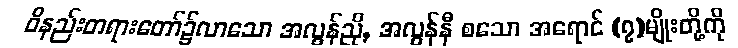
ဝိနည်းတရားတော်၌လာသော အလွန်ညို, အလွန်နီ စသော အရောင် (၇)မျိုးတို့ကို